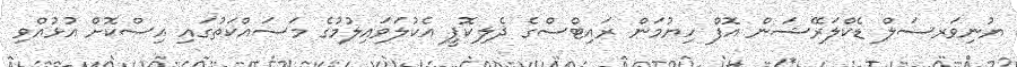
ޔުނިވަރސަލް ޑެކްލަރޭޝަން އޮފް ހިޔުމަން ރައިޓްސްގެ ދެލިކޮޕީ އެކުލަވައިލުމުގެ މަސައްކަތުގައި އިސްކޮށް އުޅުއްވި